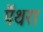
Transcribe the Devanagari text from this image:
पैंथरा